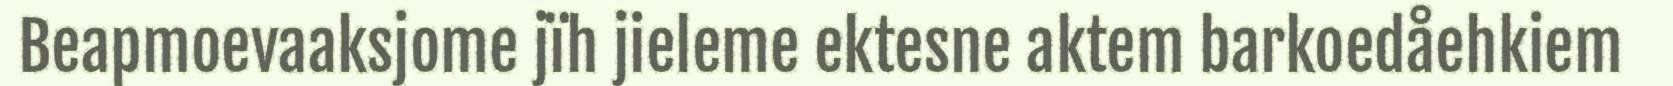
Beapmoevaaksjome jïh jieleme ektesne aktem barkoedåehkiem